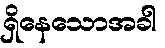
ရှိနေသောအခါ